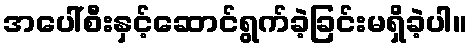
အပေါ်စီးနှင့်ဆောင်ရွက်ခဲ့ခြင်းမရှိခဲ့ပါ။